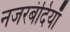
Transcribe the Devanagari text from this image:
नजरबंदियाँ